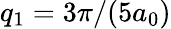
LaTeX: q_{1}=3\pi/(5a_{0})